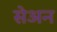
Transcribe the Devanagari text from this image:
सेअन